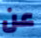
عن